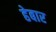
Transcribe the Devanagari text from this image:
हेबार